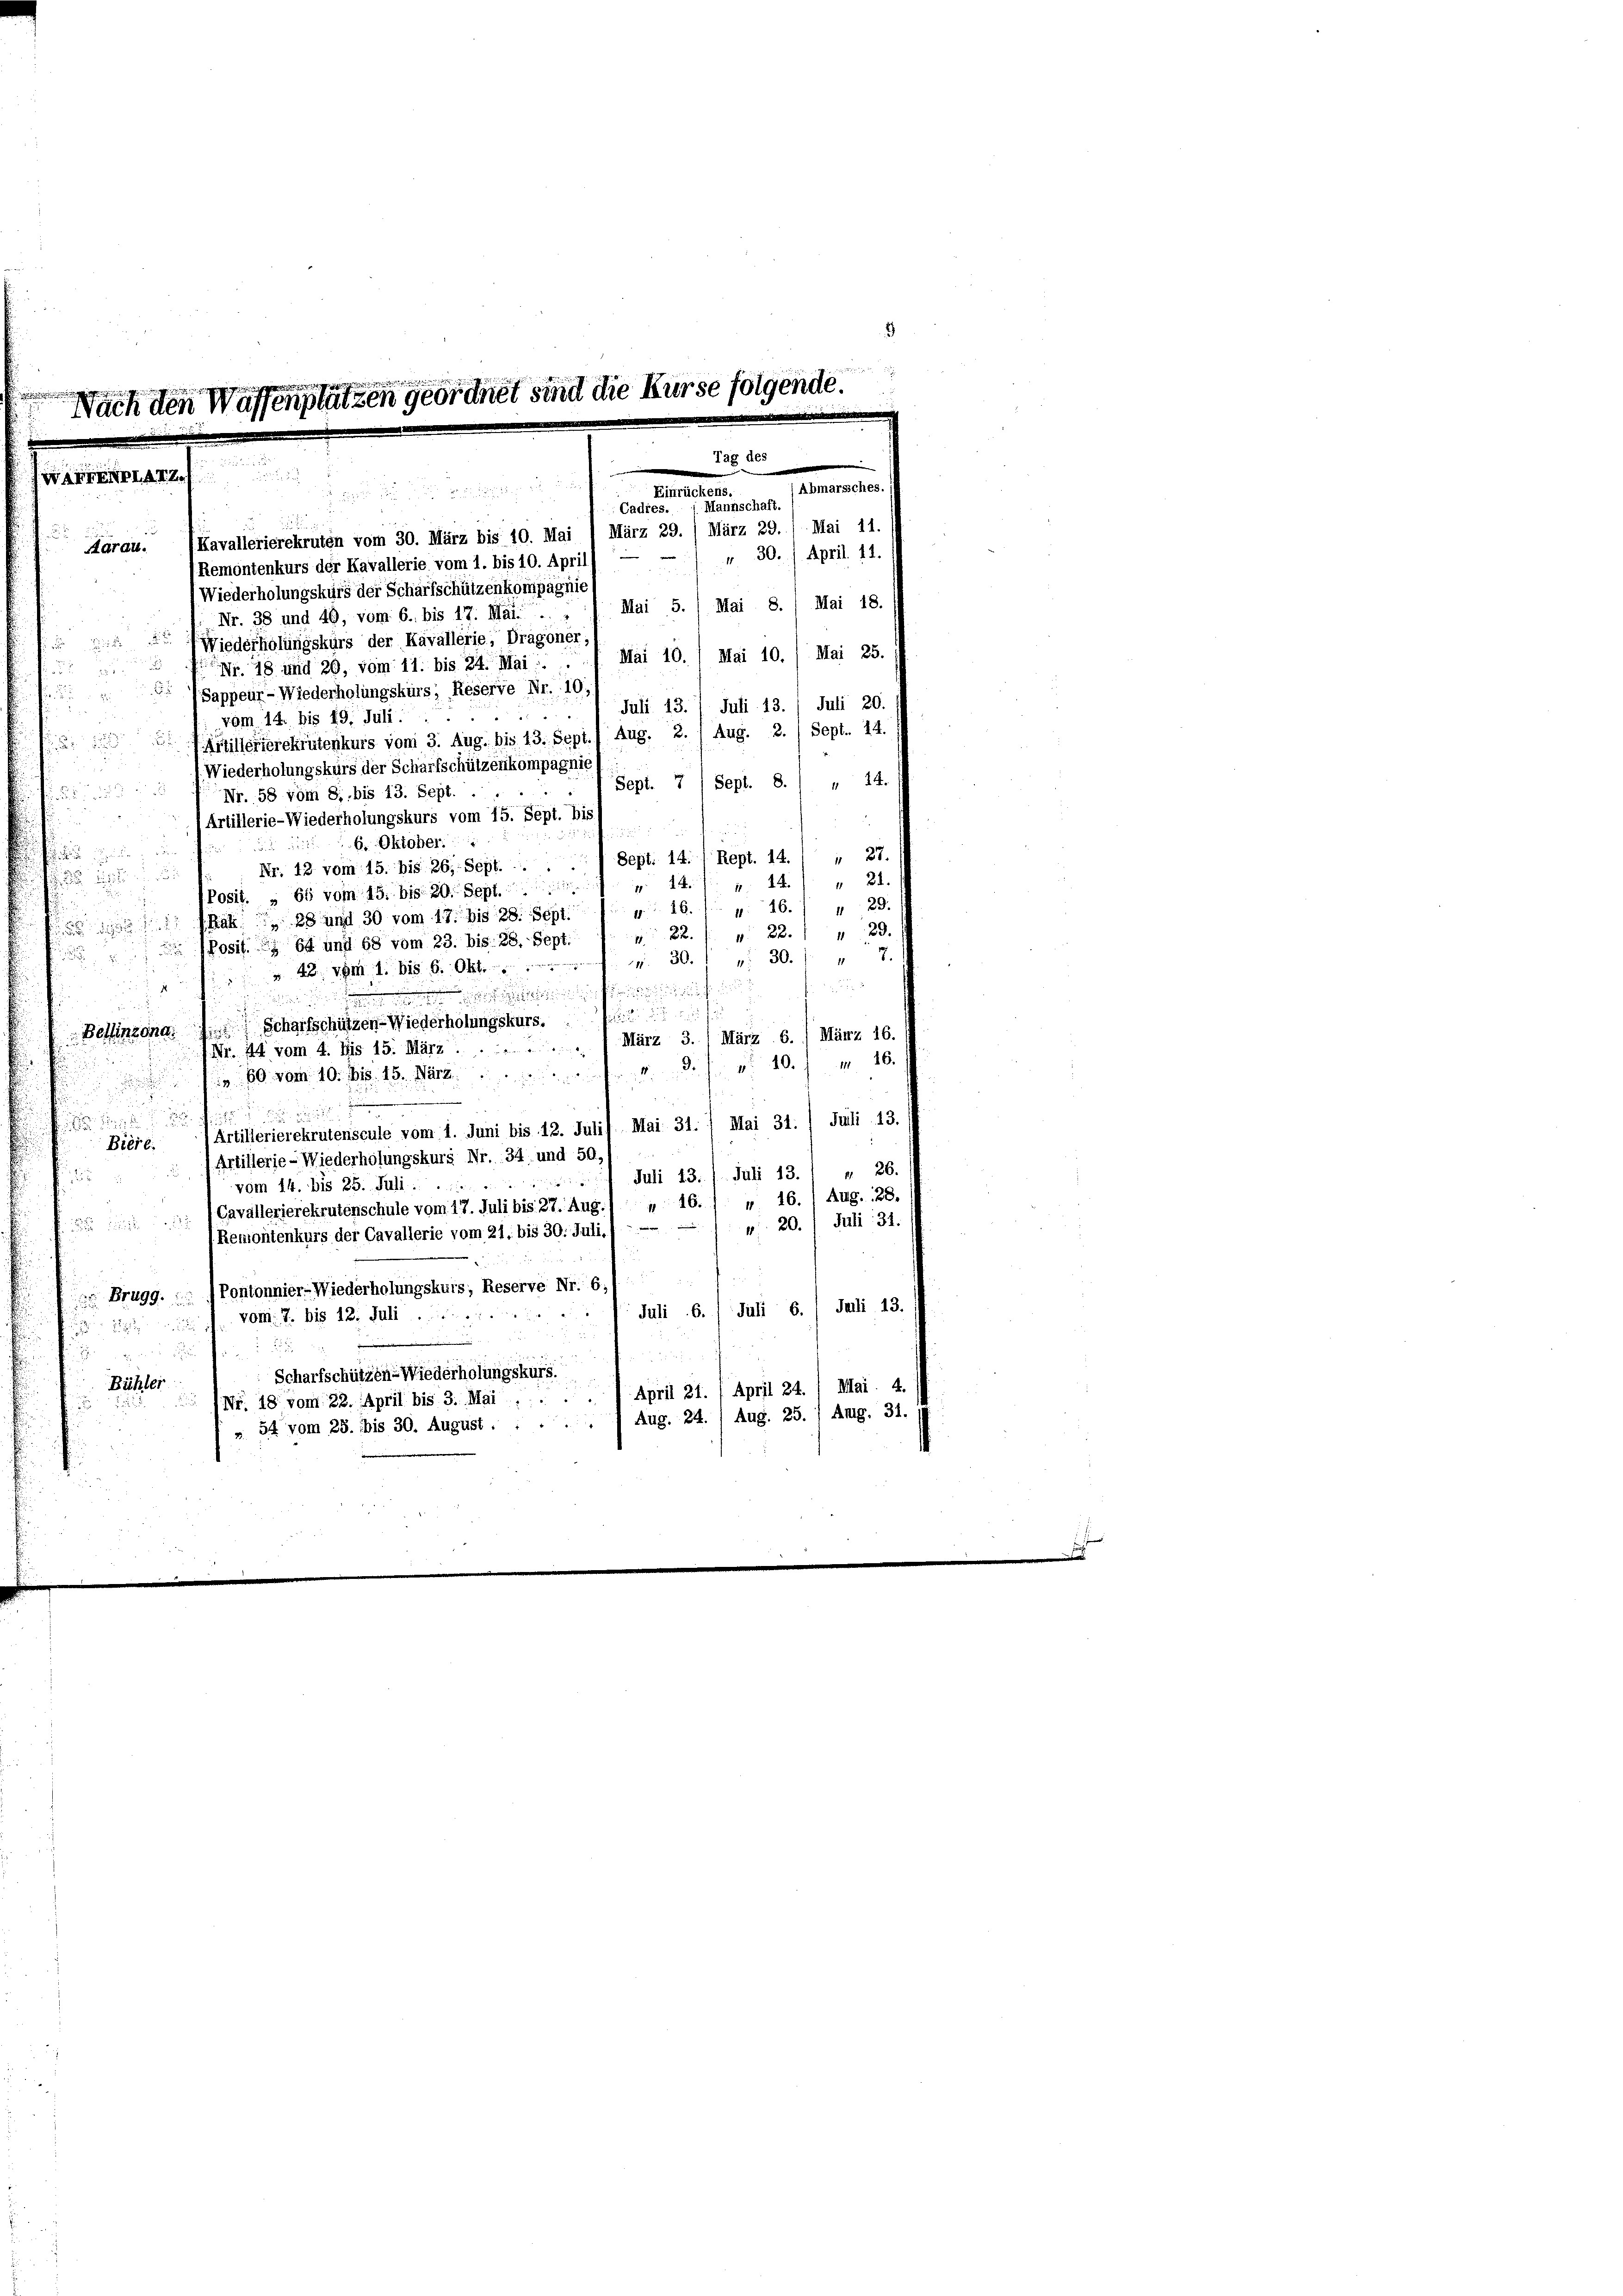
3
.

Nach den Waffenplätzen geordnet sind die Kurse folgende.
Tag des
e
LAI. Z
e
Abmarssches.
Einrückens.

Mannschaft.
Cadres.
Mai 11.

März 29.
(Kavallerierekruten vom 30. März bis 10. Mai / März 29.
Aarau.
" 30. 1. April 11.
Remontenkurs der Kavallerie vom 1. bis 10. April
n

Wiederholungskurs der Scharfschützenkompagnie
Mai 5. 1 Mai 8./ Mai 18.
Nr. 38 und 40, vom 6. bis 17. Mai...
 Wiederholungskurs der Kavallerie, Dragoner,
Nr. 18 und 20, vom 11. bis 24. Mai . . . Mai 10. 1 Mai 10. / Mai 25.

Juli 13. 1 Juli 13. / Juli 20.

24.
Sept. 7 / Sept. 8.
e
Nr. 58 vom 8. bis 13. Sept.

Artillerie-Wiederholungskurs vom 15. Sept. bis
.
6. Oktober.

Nr. 42 vom 15. bis 26. Sept. .. ... Sept. 14. / Rept. 14. / “ 27.

4: 14 " " 21.
24.
Posit. „ 66 vom 15. bis 20. Sept.

 26. 17. 16. 29.
Rat. 28 und 30 vom 17. bis 28. Sept.

22. d. 22. " " 23
7
 Posit. 64 und 68 vom 23. bis 28. Sept.

7.
30.
11
2
4. 30.
11
v. 4. vom 1. bis 6. Ok

.
5
 Scharfschützen - Wiederholungskurs.
Bellinzona.
März 3. ( März 6. März 16.
1 Nr. 44 vom 4. bis 15. März.
 60 vom 10. Mts. 15. März der v 10. 16.
.

Artillerierekrutenscule vom 1. Juni bis 12. Juli) Mai 31. / Mai 31. / Juli 13.
Biere.
1 Artillerie-Wiederholungskurs Nr. 34 und 50,
Juli 13. /. Juli 13. 1 u 26.
t
 vom 14. bis 25. Juli
Aug. 128.
1. 16.
Cavallerierekrutenschule vom 17. Juli bis 27. Aug.1 n 16.
r: 20. Juli 31.
Remontenkurs der Cavallerie vom 21. bis 30. Juli./ ----

 Brugg. Pontonnier-Wiederholungskuis, Reserve Nr. 6./
Juli 6. Juli 6./ Juli 13.
 vom 7. bis 12. Juli

u
2

 22 x
Scharfschützen-Wiederholungskurs.
Bähler
 Nr. 18 vom 22. April bis 3. Mai . . . . April 21. / April 24. / Mai. 4.
» 54 vom 23. bis 30. August . . . . . 1 Aug. 24. / Aug. 25. 1 Anig. 31.

Sappeur- Wiederholungskurs; Reserve Nr. 10,
vom 14. bis 19. Juli
amillerierekrutenkurs vom 3. Aug. bis 13. Sept./ Aug. Z. (Aug. 2.) Sept. 14.
Wiederholungskurs der Scharfschützenkompagnit